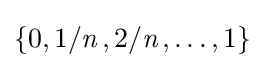
\{0,1/{\textit {n}}\,,2/{\textit {n}}\,,\dots ,1\}